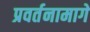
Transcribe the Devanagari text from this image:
प्रवर्तनामागे